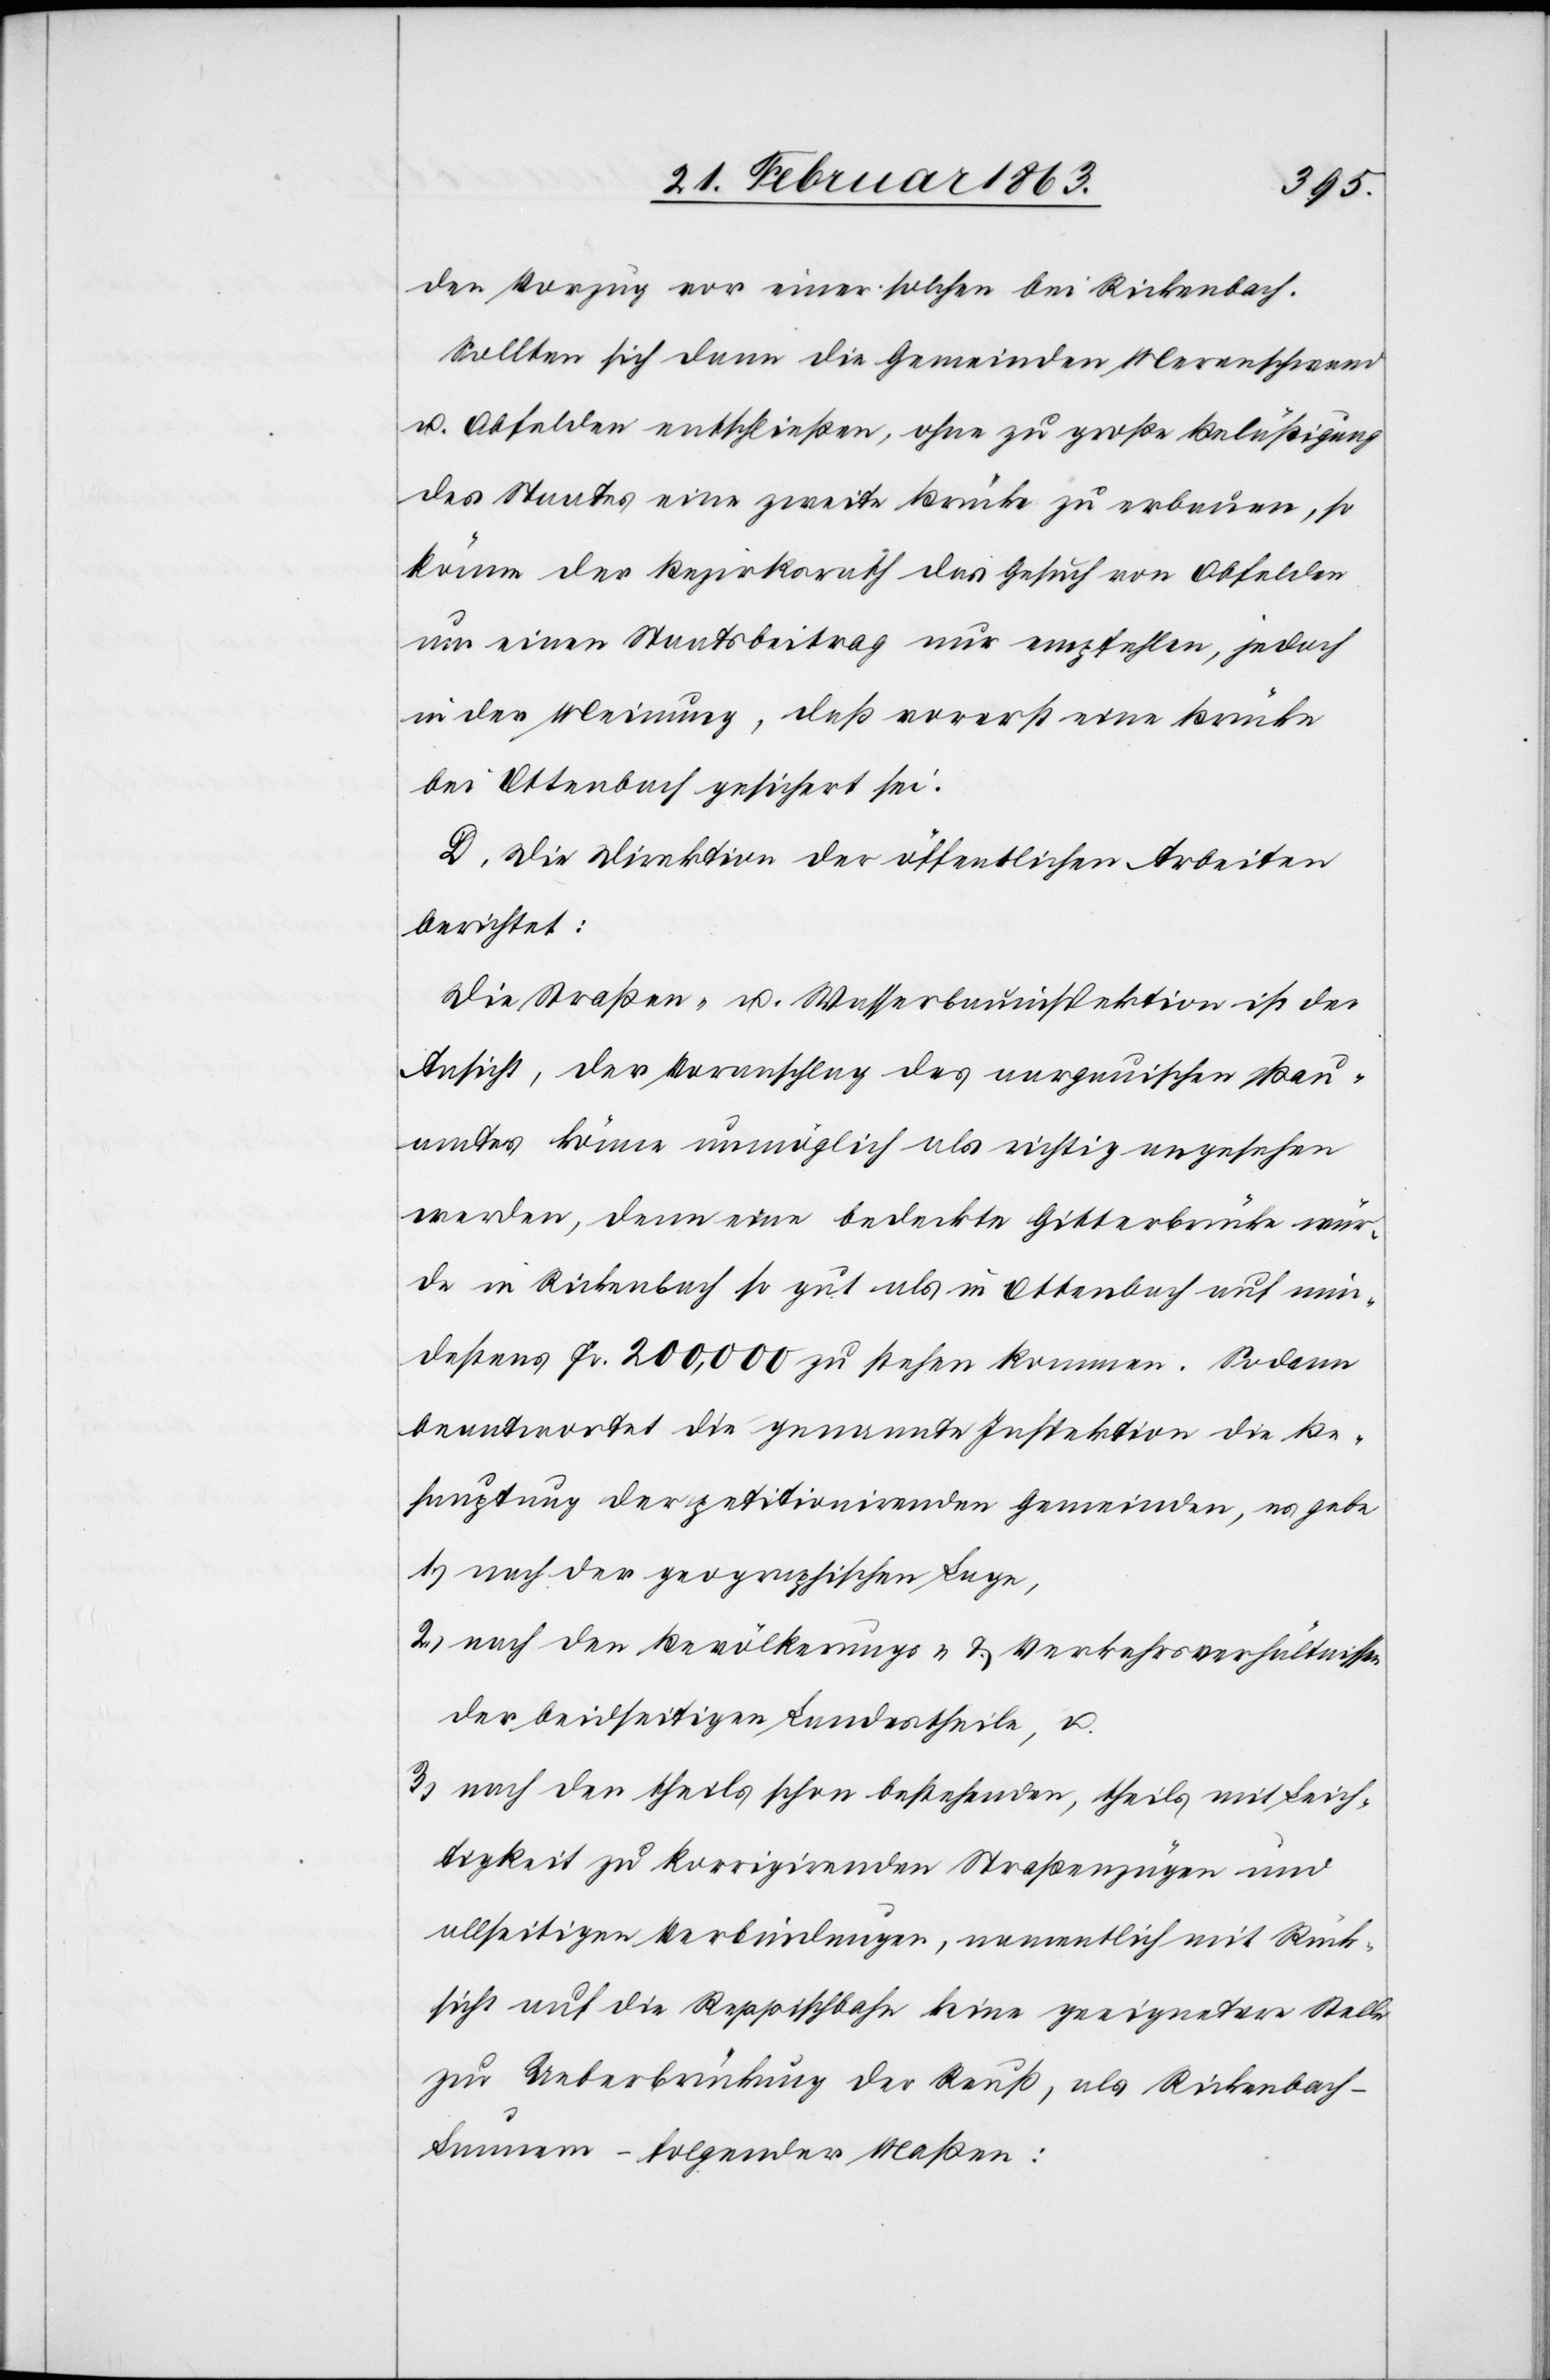
den Vorzug vor einer solchen bei Rickenbach.
Sollten sich dann die Gemeinden Merenschwand
u. Obfelden entschließen, ohne zu große Belästigung
des Staates eine zweite Brücke zu erbauen, so
könne der Bezirksrath das Gesuch von Obfelden
um einen Staatsbeitrag nur empfehlen, jedoch
in der Meinung, daß vorerst eine Brücke
bei Ottenbach gesichert sei.
D. Die Direktion der öffentlichen Arbeiten
berichtet:
Die Straßen- u. Wasserbauinspektion ist der
Ansicht, der Voranschlag des aargauischen Bau¬
amtes könne unmöglich als richtig angesehen
werden, denn eine bedeckte Gitterbrücke wür¬
de in Rickenbach so gut als in Ottenbach auf min¬
destens Fr. 200,000 zu stehen kommen. Sodann
beantwortet die genannte Inspektion die Be¬
hauptung der petitionirenden Gemeinden, es gebe
1.) nach der geographischen Lage,
2.) nach den Bevölkerungs- & Verkehrsverhältnissen
der beidseitigen Landestheile, u.
3.) nach den theils schon bestehenden, theils mit Leich¬
tigkeit zu korrigirenden Straßenzügen und
allseitigen Verbindungen, namentlich mit Rück¬
sicht auf die Reppischbahn keine geeignetere Stelle
zur Ueberbrückung der Reuß, als Rickenbach–L¬
unnern – folgender Maßen: